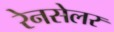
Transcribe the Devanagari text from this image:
रेनसेलर